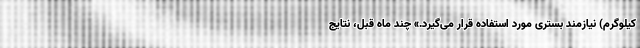
کیلوگرم) نیازمند بستری مورد استفاده قرار می‌گیرد.» چند ماه قبل، نتایج